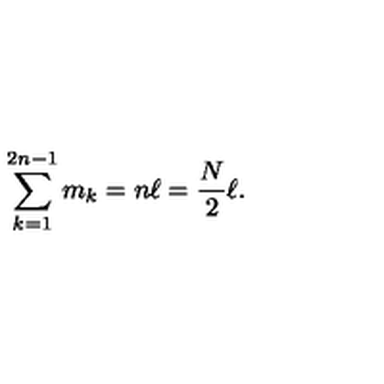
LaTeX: \sum _ { k = 1 } ^ { 2 n - 1 } m _ { k } = n \ell = { \frac { N } { 2 } } \ell .